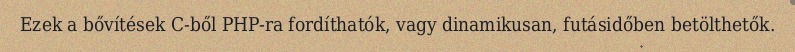
Ezek a bővítések C-ből PHP-ra fordíthatók, vagy dinamikusan, futásidőben betölthetők.